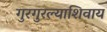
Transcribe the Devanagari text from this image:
गुरगुरल्याशिवाय